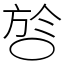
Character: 㫈